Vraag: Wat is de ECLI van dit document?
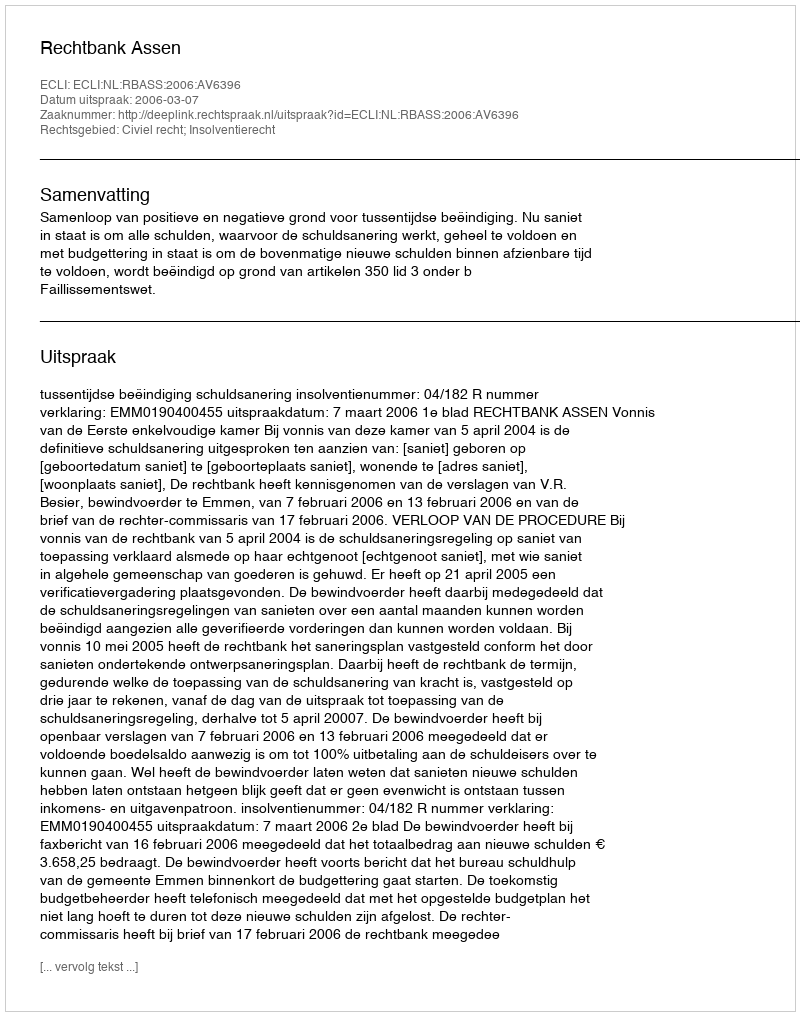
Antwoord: ECLI:NL:RBASS:2006:AV6396